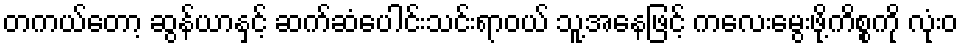
တကယ်တော့ ဆွန်ယာနှင့် ဆက်ဆံပေါင်းသင်းရာဝယ် သူ့အနေဖြင့် ကလေးမွေးဖို့ကိစ္စကို လုံးဝ